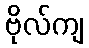
ဗိုလ်ကျ